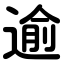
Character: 逾